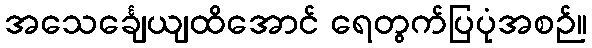
အသေင်္ချေယျထိအောင် ရေတွက်ပြပုံအစဉ်။